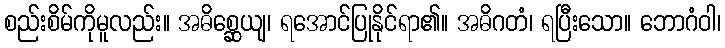
စည်းစိမ်ကိုမူလည်း။ အဓိစ္ဆေယျ၊ ရအောင်ပြုနိုင်ရာ၏။ အဓိဂတံ၊ ရပြီးသော။ ဘောဂံဝါ၊